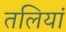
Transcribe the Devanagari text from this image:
तलियां